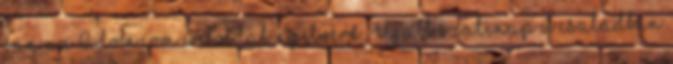
van az Adobe.com weboldal nyelvére. Újabb szülinap a családban